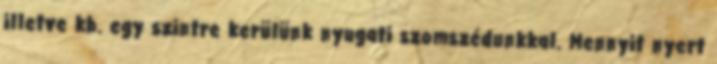
illetve kb. egy szintre kerülünk nyugati szomszédunkkal. Mennyit nyert